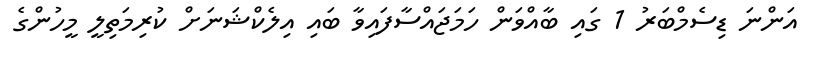
އަންނަ ޑިސެމްބަރު 1 ގައި ބާއްވަން ހަމަޖައްސާފައިވާ ބައި އިލެކްޝަނަށް ކުރިމަތިލީ މީހުންގެ